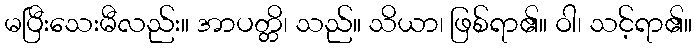
မပြီးသေးမီလည်း။ အာပတ္တိ၊ သည်။ သိယာ၊ ဖြစ်ရာ၏။ ဝါ၊ သင့်ရာ၏။